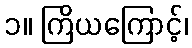
၁။ ကြိယကြောင့်၊